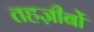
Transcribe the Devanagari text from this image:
तहज़ीबों